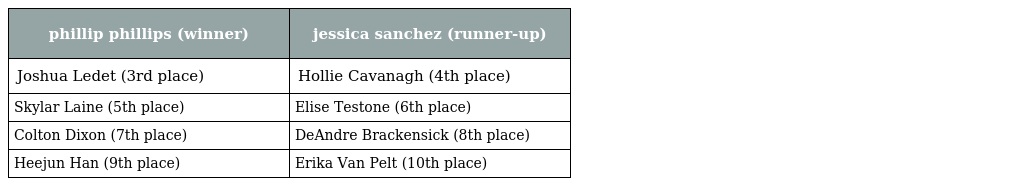
| phillip phillips (winner) | jessica sanchez (runner-up) |
 | --- | --- |
 | Joshua Ledet (3rd place) | Hollie Cavanagh (4th place) |
 | Skylar Laine (5th place) | Elise Testone (6th place) |
 | Colton Dixon (7th place) | DeAndre Brackensick (8th place) |
 | Heejun Han (9th place) | Erika Van Pelt (10th place) |